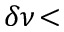
\delta \nu \! <